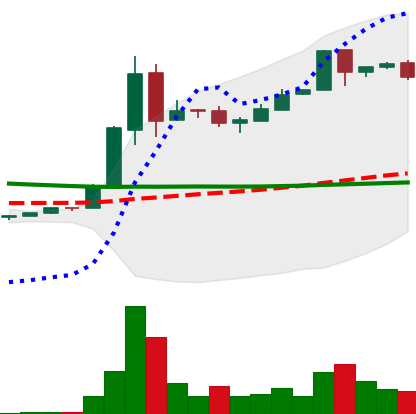
Ticker: DOGE-USD
Chart end date: 2018-09-14
Forward return: -9.24%
Label: down_7plus